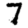
Digit: 7